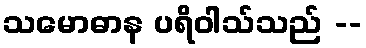
သမောဓာန ပရိဝါသ်သည် --